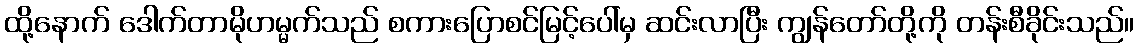
ထို့နောက် ဒေါက်တာမိုဟမ္မက်သည် စကားပြောစင်မြင့်ပေါ်မှ ဆင်းလာပြီး ကျွန်တော်တို့ကို တန်းစီခိုင်းသည်။